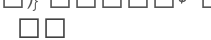
٥٠